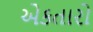
એકતારો